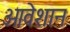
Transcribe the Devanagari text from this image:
ओवेशान